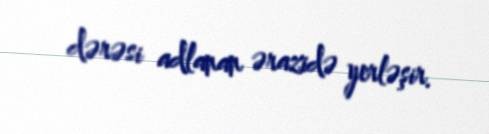
dərəsi adlanan ərazidə yerləşir.